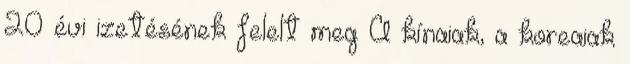
20 évi izetésének felelt meg A kínaiak, a koreaiak